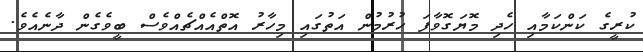
ކުރީގެ ކަންކަމާއި ހެދި މޮޔަގޮވާފަ ހުރުމުން އަތުގައި މިހާރު އޮތްއެއްޗެއްވެސް ބީވެގެން ދާނެއެވެ.